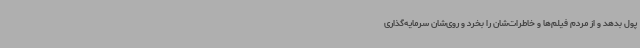
پول بدهد و از مردم فیلم‌ها و خاطرات‌شان را بخرد و روی‌شان سرمایه‌گذاری